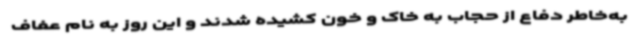
به‌خاطر دفاع از حجاب به خاک و خون کشیده شدند و این روز به نام عفاف